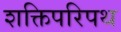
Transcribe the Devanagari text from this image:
शक्तिपरिपथ